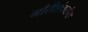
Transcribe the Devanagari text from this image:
गौरीशंकरांचा